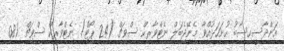
އަންދާސީހިސާބު ހުށަހަޅުއްވާ މެނޭޖެބަލް ނެޓްވާރކް ސްވިޗް (24 ޕޯޓް) ނެޓްވާރކް ސްވިޗް (08